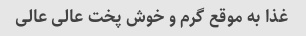
غذا به موقع گرم و خوش پخت عالی عالی